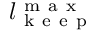
l _ { \mathrm { ~ k ~ e ~ e ~ p ~ } } ^ { \mathrm { ~ m ~ a ~ x ~ } }